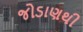
જોડાણથી